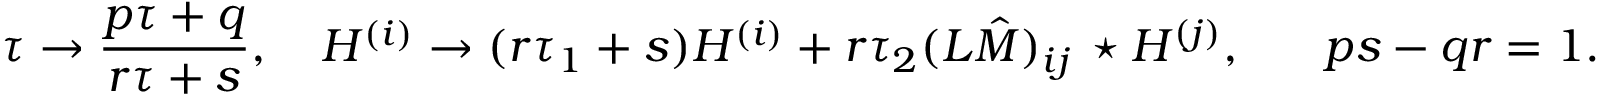
\tau \to { \frac { p \tau + q } { r \tau + s } } , \ \ \ H ^ { ( i ) } \to ( r \tau _ { 1 } + s ) H ^ { ( i ) } + r \tau _ { 2 } ( { \cal L } \hat { \cal M } ) _ { i j } \, \star H ^ { ( j ) } , \ \ \ \ \ p s - q r = 1 .